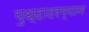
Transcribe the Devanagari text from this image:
युध्दादरम्यान